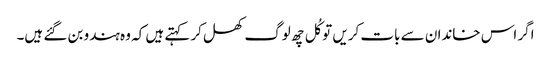
اگر اس خاندان سے بات کریں تو کُل چھ لوگ کھل کر کہتے ہیں کہ وہ ہندو بن گئے ہیں۔